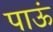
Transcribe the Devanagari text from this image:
पाऊं